Jaan_Tonisson_(Lasteleht), lk 115
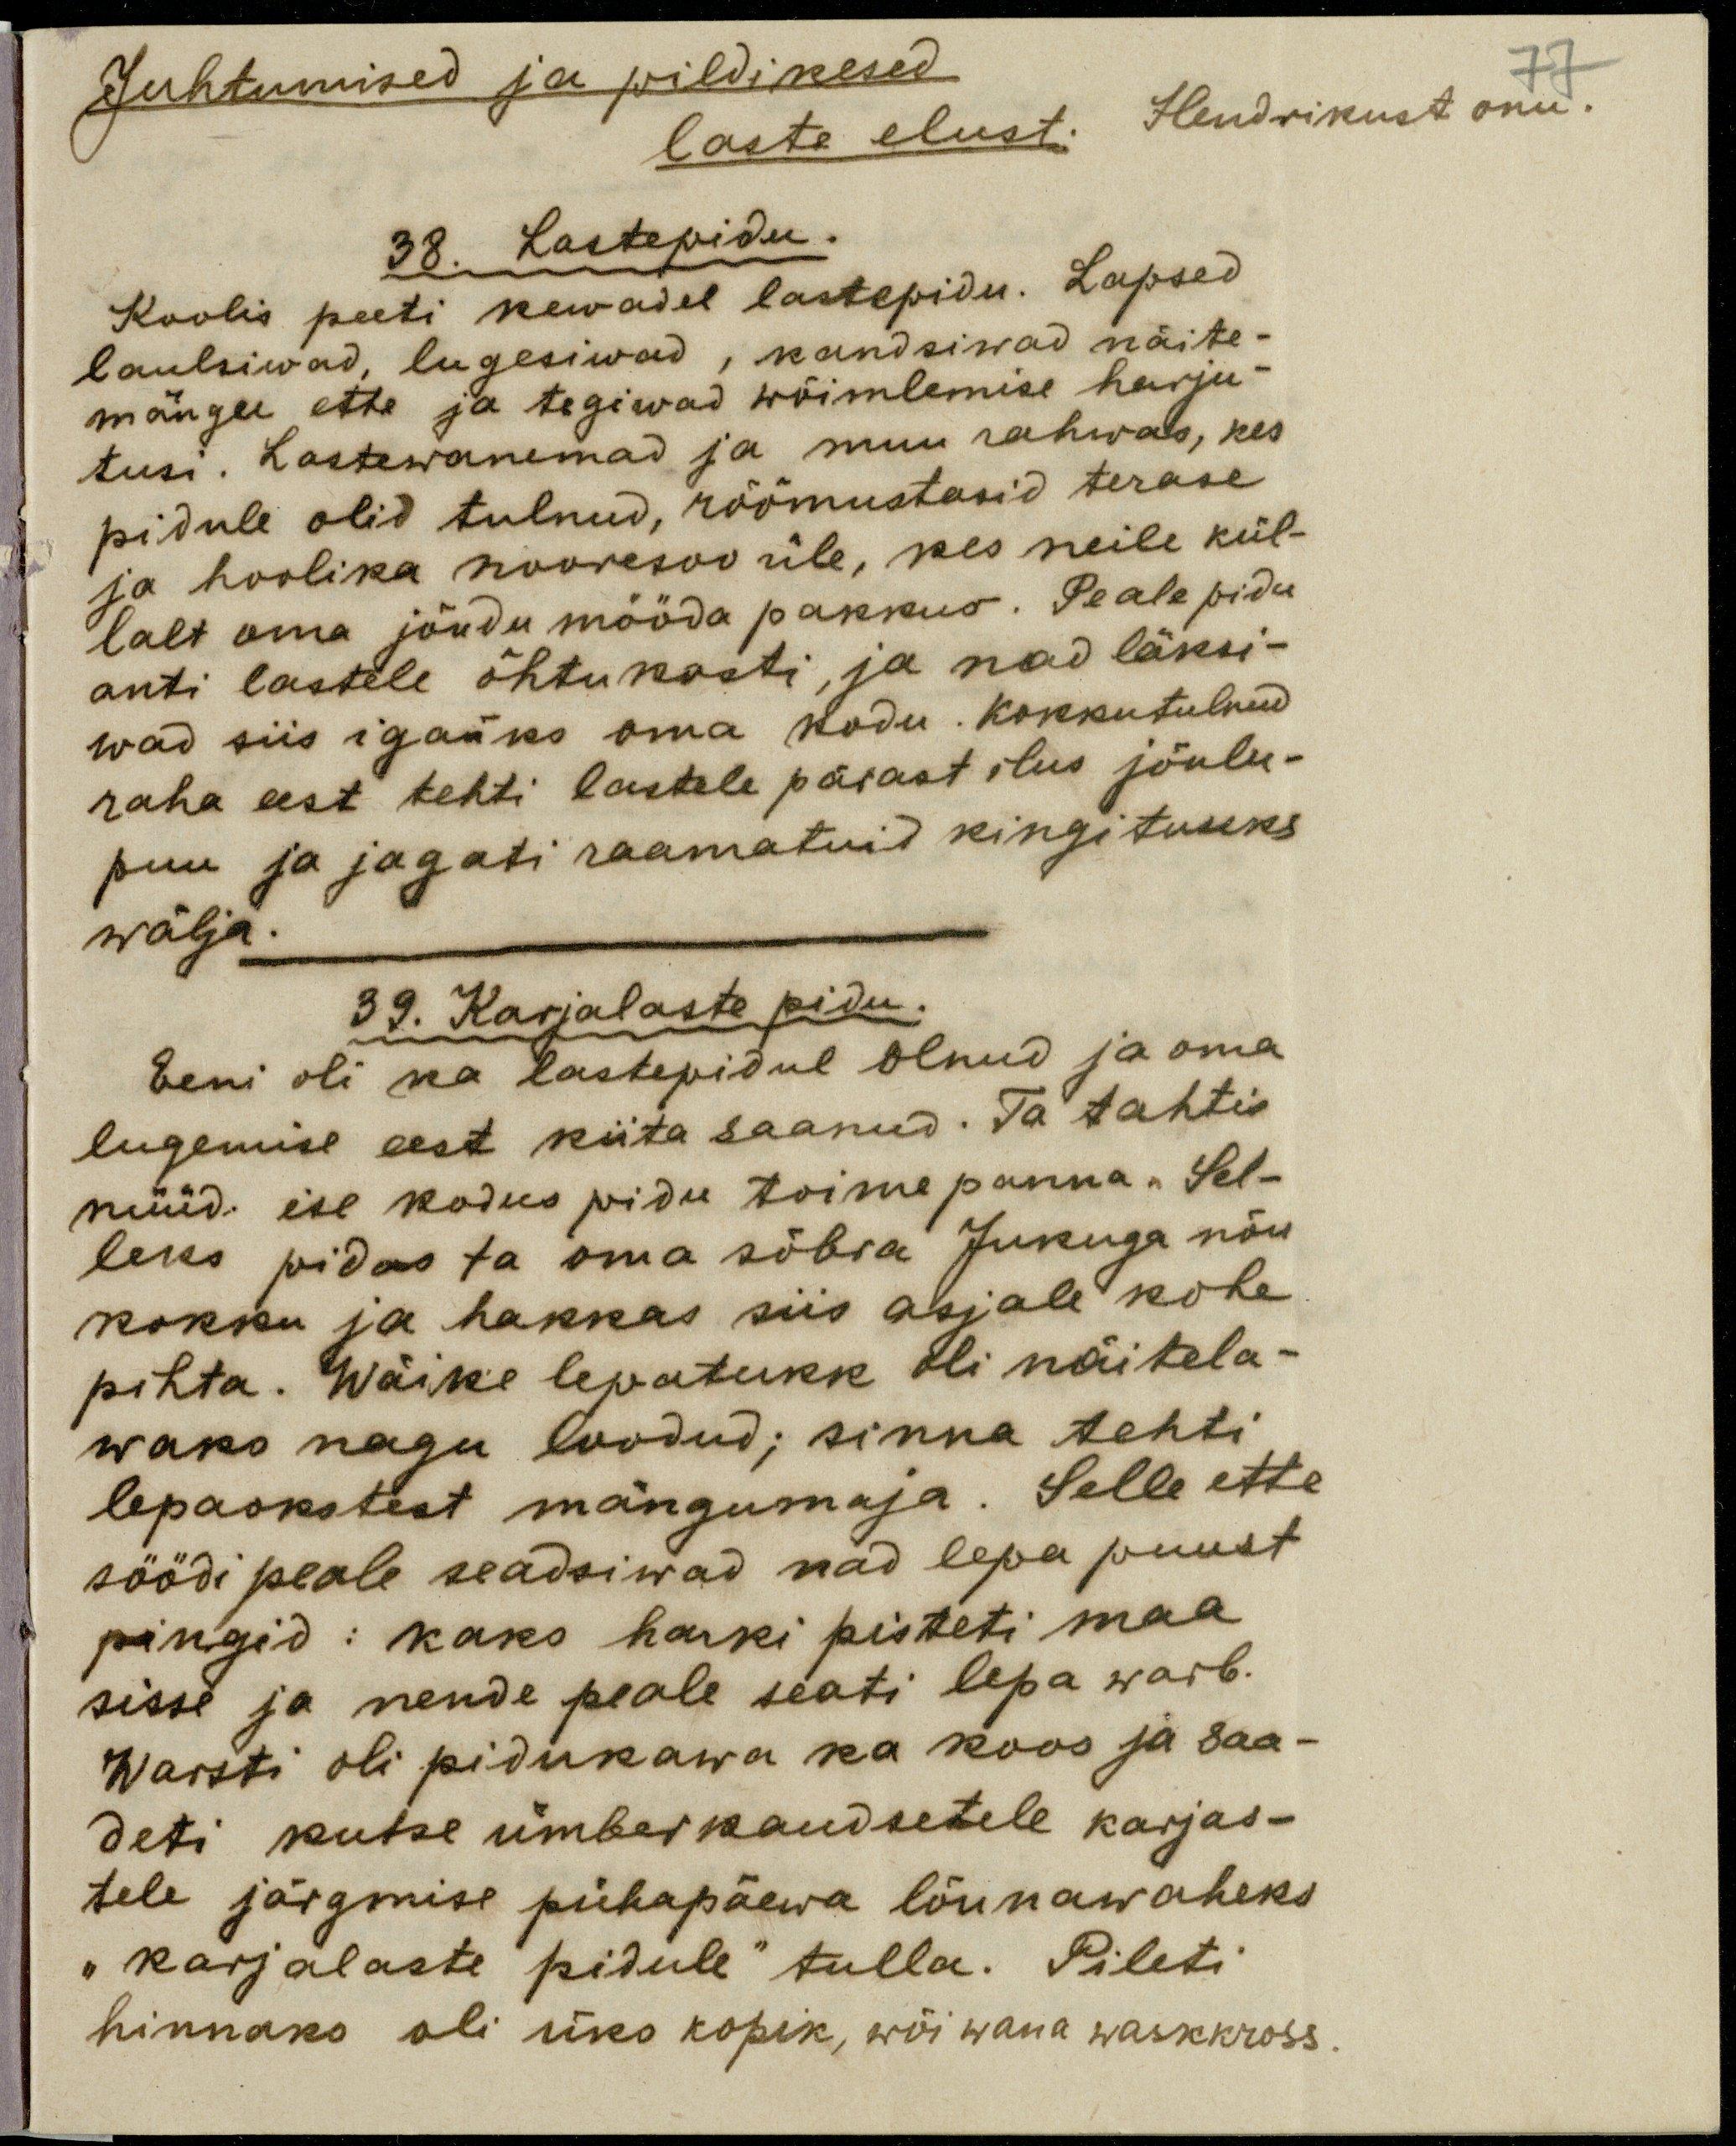
Juhtumised ja pildikesed 
77
laste elust. Hendrikust onu.
38. Lastepidu.
Koolis peeti kewadel lastepidu. Lapsed
laulsiwad, lugesiwad, kandsiwad näite-
mängu ette ja tegiwad wõimlemise harju-
tusi. Lastewanemad ja muu rahwas, kes
pidule olid tulnud, rõõmustasid terase
ja hoolika noorsoo üle, kes neile kül-
lalt oma jõudu mööda pakkus. Peale pidu
anti lastele õhtu kosti, ja läksi-
wad siis igaüks oma kodu. Kokkutulnud
raha eest tehti lastele pärast ilus jõulu-
puu ja jagati raamatuid kingituseks
wälja.
39. Karjalaste pidu.
Eeni oli ka lastepidul olnud ja oma
lugemise eest kiita saanud. Ta tahtis
nüüd ise kodus pidu toime panna. Sel-
leks pidas ta oma sõbra Jukuga nõu
kokku ja hakkas siis asjale kohe
pihta. Wäike lepatukk oli näitela-
vaks nagu loodud; sinna tehti
lepaokstest mängumaja. Selle ette
söödi peale seadsiwad nad lepa puust
pingid: kaks harki pisteti maa
sisse ja nende peale seati lepa waib.
Warsti oli pidukawa ka koos ja saa-
deti kutse ümberkaudsetele karjas-
tele järgmise pühapäewa lõunawaheks
"karjalaste pidule" tulla. Pileti
hinnaks oli üks kopik, wõi wana waskkross.